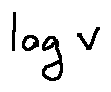
\log v